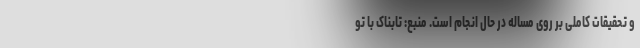
و تحقیقات کاملی بر روی مساله در حال انجام است. منبع: تابناک با تو